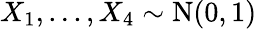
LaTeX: X_{1},...,X_{4}\sim{\textrm{N}}(0,1)